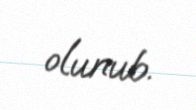
olunub.